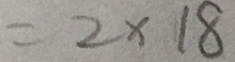
= 2 \times 1 8